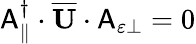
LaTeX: \begin{array}{r}{\mathsf{A}_{\parallel}^{\dagger}\cdot\overline{{\mathbf{U}}}\cdot\mathsf{A}_{\varepsilon\perp}=0}\end{array}